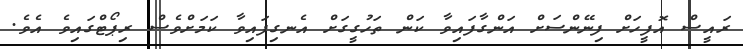
ރައީސް އޮފީހަށް ފިނޭންސަށް އަންގާފައިވާ ކަން ތަހުގީގަށް އެނގިފައިވާ ކަމަށްވެސް ރިޕޯޓްގައިވެ އެވެ.